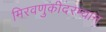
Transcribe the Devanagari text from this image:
मिरवणुकीदरम्यान